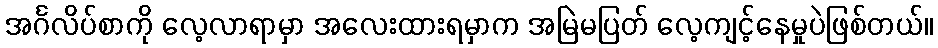
အင်္ဂလိပ်စာကို လေ့လာရာမှာ အလေးထားရမှာက အမြဲမပြတ် လေ့ကျင့်နေမှုပဲဖြစ်တယ်။